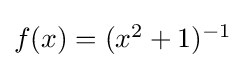
{\textstyle f(x)=(x^{2}+1)^{-1}}